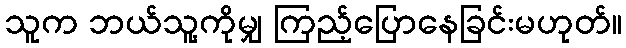
သူက ဘယ်သူ့ကိုမျှ ကြည့်ပြောနေခြင်းမဟုတ်။